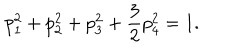
p _ { 1 } ^ { 2 } + p _ { 2 } ^ { 2 } + p _ { 3 } ^ { 2 } + \frac { 3 } { 2 } p _ { 4 } ^ { 2 } = 1 .